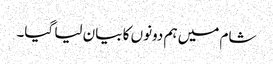
شام میں ہم دونوں کا بیان لیا گیا۔